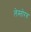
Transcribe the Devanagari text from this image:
लेस्तोरव